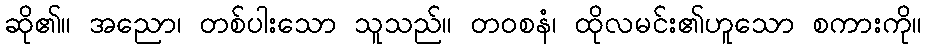
ဆို၏။ အညော၊ တစ်ပါးသော သူသည်။ တဝစနံ၊ ထိုလမင်း၏ဟူသော စကားကို။